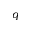
q